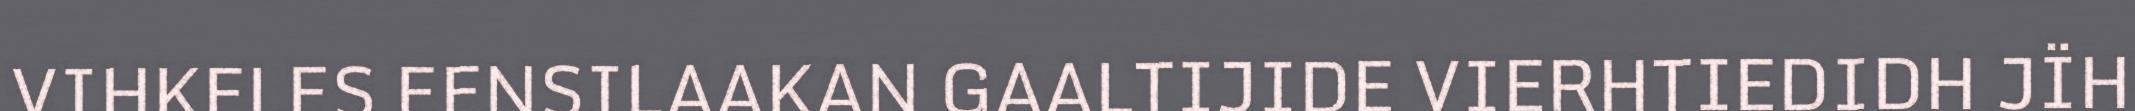
VIHKELES EENSILAAKAN GAALTIJIDE VIERHTIEDIDH JÏH